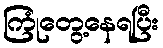
ကြုံတွေ့နေရပြီး